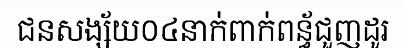
ជនសង្ស័យ០៤នាក់ពាក់ពន្ធ័ជួញដូរ